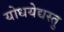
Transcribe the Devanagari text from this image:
योधयेद्यस्तु